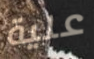
علية